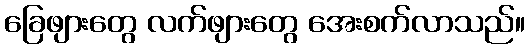
ခြေဖျားတွေ လက်ဖျားတွေ အေးစက်လာသည်။